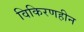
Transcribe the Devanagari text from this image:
विकिरणहीन